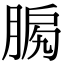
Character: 𦜛